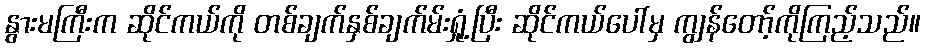
နွားမကြီးက ဆိုင်ကယ်ကို တစ်ချက်နှစ်ချက်မ်းရှုံ့ပြီး ဆိုင်ကယ်ပေါ်မှ ကျွန်တော့်ကိုကြည့်သည်။